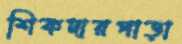
শিকদারপাড়া